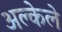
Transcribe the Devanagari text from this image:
अल्केले